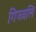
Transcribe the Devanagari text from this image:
गिज्ज़लि